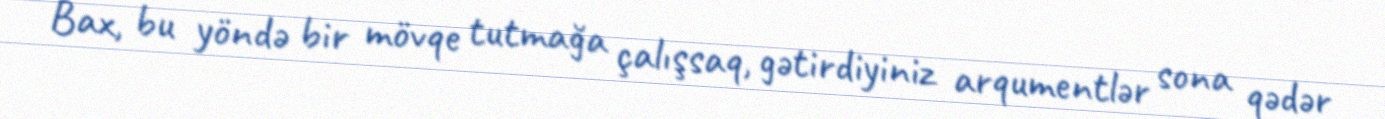
Bax, bu yöndə bir mövqe tutmağa çalışsaq, gətirdiyiniz arqumentlər sona qədər